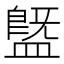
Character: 䀈